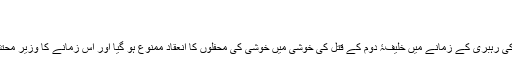
[15]
انقلاب اسلامی کا دور
ایران میں انقلاب اسلامی کی کامیابی اور امام خمینی کی رہبری کے زمانے میں خلیفۂ دوم کے قتل کی خوشی میں خوشی کی محفلوں کا انعقاد ممنوع ہو گیا اور اس زمانے کا وزیر محتشمی‌ پور ایسی محفلوں کے خلاف سخت اقدام کرتا تھا۔